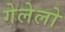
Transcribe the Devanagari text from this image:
गेलेलो